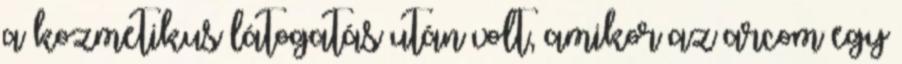
a kozmetikus látogatás után volt, amikor az arcom egy